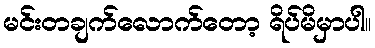
မင်းတချက်လောက်တော့ ရိပ်မိမှာပါ။